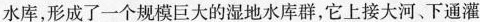
水库，形成了一个规模巨大的湿地水库群，它上接大河、下通灌